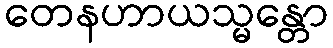
တေနဟာယသ္မန္တော